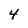
Character: 4